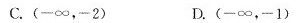
C.(-∞，-2) D.(-∞，-1)